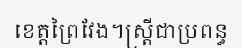
ខេត្តព្រៃវែង។ស្ត្រីជាប្រពន្ធ